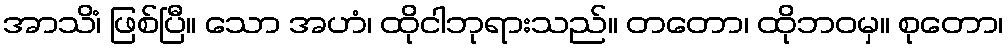
အာသိံ၊ ဖြစ်ပြီ။ သော အဟံ၊ ထိုငါဘုရားသည်။ တတော၊ ထိုဘဝမှ။ စုတော၊